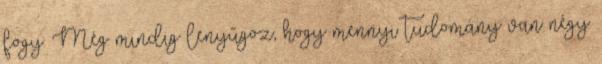
fogy. Még mindig lenyűgöz, hogy mennyi tudomány van négy